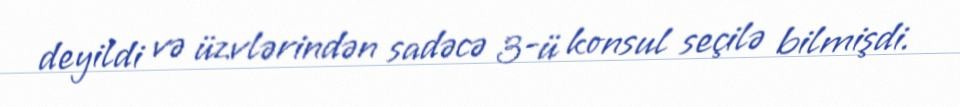
deyildi və üzvlərindən sadəcə 3-ü konsul seçilə bilmişdi.